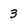
Character: 3